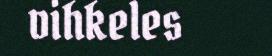
vihkeles